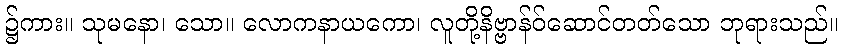
၌ကား။ သုမနော၊ သော။ လောကနာယကော၊ လူတို့နိဗ္ဗာန်ဝ်ဆောင်တတ်သော ဘုရားသည်။